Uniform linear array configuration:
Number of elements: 24
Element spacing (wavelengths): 0.25
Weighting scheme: blackman
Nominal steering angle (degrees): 60
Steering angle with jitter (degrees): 58.413
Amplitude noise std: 0.05
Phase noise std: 0.05

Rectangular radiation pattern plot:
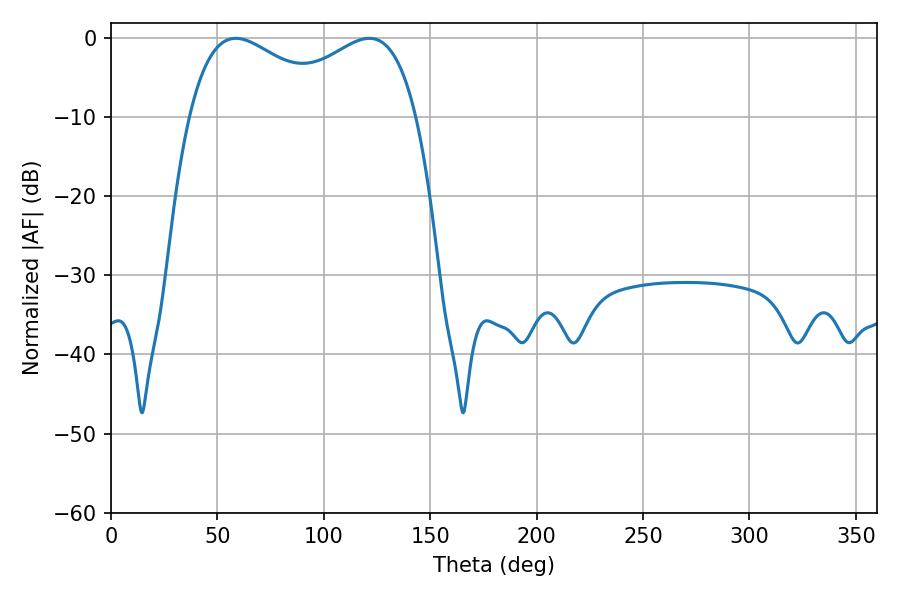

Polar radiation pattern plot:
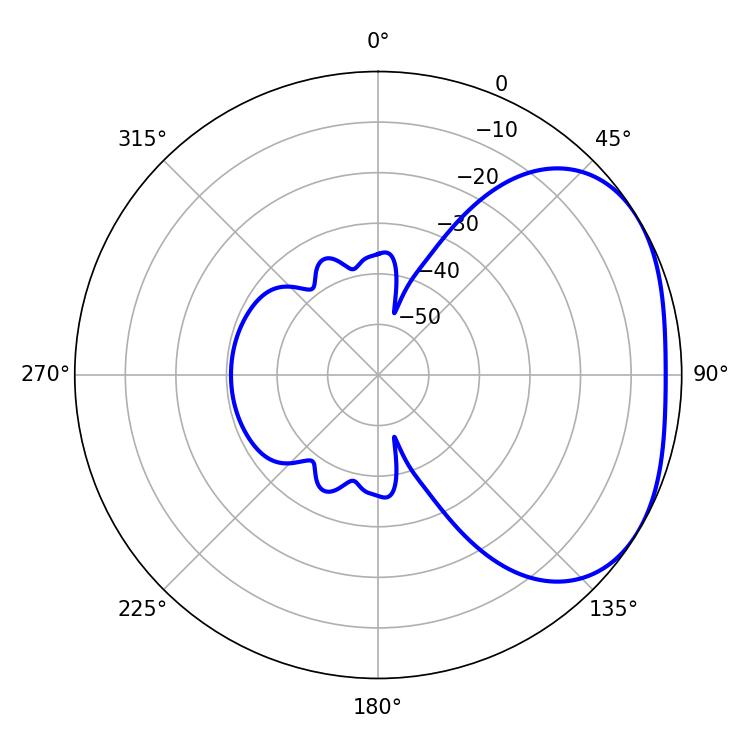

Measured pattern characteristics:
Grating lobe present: FALSE
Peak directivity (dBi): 2.645
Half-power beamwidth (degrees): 39.78
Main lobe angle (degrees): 58.68